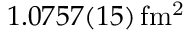
1 . 0 7 5 7 ( 1 5 ) \, \mathrm { f m ^ { 2 } }